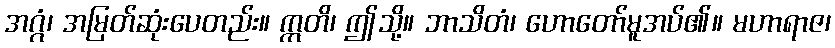
အဂ္ဂံ၊ အမြတ်ဆုံးပေတည်း။ ဣတိ၊ ဤသို့။ ဘာသိတံ၊ ဟောတော်မူအပ်၏။ မဟာရာဇ၊